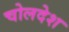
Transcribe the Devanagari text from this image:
चोलदेश